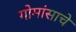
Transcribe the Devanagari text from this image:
गोमांसाचे